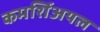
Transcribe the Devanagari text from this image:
कमर्शिअयल